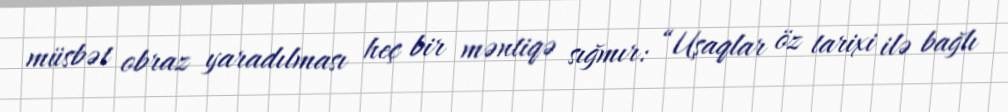
müsbət obraz yaradılması heç bir məntiqə sığmır: “Uşaqlar öz tarixi ilə bağlı